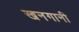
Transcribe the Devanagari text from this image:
खनगानी